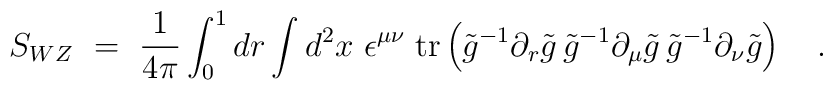
S_{WZ}~=~{1\over 4\pi} \int_0^1 dr \int d^2 x~\epsilon^{\mu\nu} \; {\rm tr}          \left( \tilde{g}^{-1} \partial_r \tilde{g} \,                 \tilde{g}^{-1} \partial_\mu \tilde{g} \,                 \tilde{g}^{-1} \partial_\nu \tilde{g} \right)~~~.\vspace{2mm}